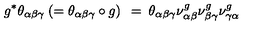
g ^ { * } \theta _ { \alpha \beta \gamma } \: ( = \theta _ { \alpha \beta \gamma } \circ g ) \: \: = \: \theta _ { \alpha \beta \gamma } \nu _ { \alpha \beta } ^ { g } \nu _ { \beta \gamma } ^ { g } \nu _ { \gamma \alpha } ^ { g }